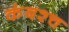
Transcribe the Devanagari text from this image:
कंबश्च